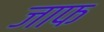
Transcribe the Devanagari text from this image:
जाफ